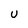
Character: U